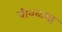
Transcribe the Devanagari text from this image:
बीबळ्या